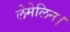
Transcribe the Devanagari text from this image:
लेमेलिन।